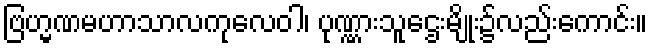
ဗြဟ္မဏမဟာသာလကုလေဝါ၊ ပုဏ္ဏားသူဌေးမျိုး၌လည်းကောင်း။